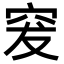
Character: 𥥛